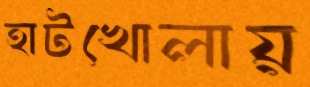
হাটখোলায়